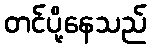
တင်ပို့နေသည်